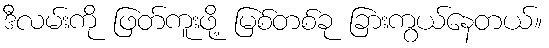
ဒီလမ်းကို ဖြတ်ကူးဖို့ မြစ်တစ်ခု ခြားကွယ်နေတယ်။